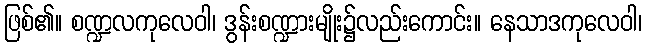
ဖြစ်၏။ စဏ္ဍလကုလေဝါ၊ ဒွန်းစဏ္ဍားမျိုး၌လည်းကောင်း။ နေသာဒကုလေဝါ၊